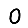
Digit: 0